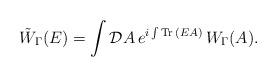
LaTeX: \begin{align*}\tilde{W}_\Gamma(E)=\int {\mathcal D}A \, e^{i \int {\rm Tr}\, (EA)} \, W_\Gamma(A).\end{align*}